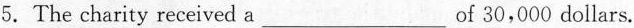
5.The charity received a___of 30,000 dollars.